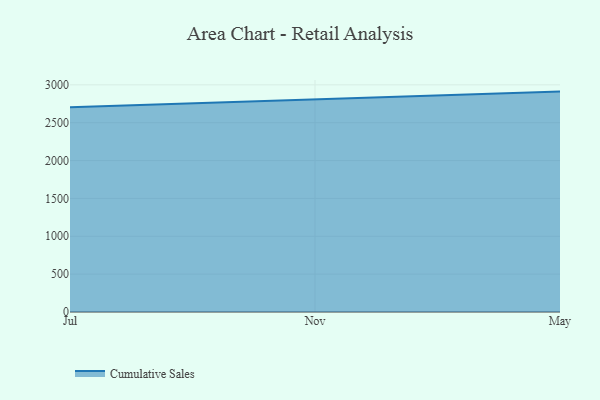
{"axis": {"x": "Month", "y": "Page Views"}, "legend": ["Cumulative Sales"], "data": [{"x": "Jul", "y": 2705.1, "type": "Cumulative Sales"}, {"x": "Nov", "y": 2805.6, "type": "Cumulative Sales"}, {"x": "May", "y": 2910.9, "type": "Cumulative Sales"}]}